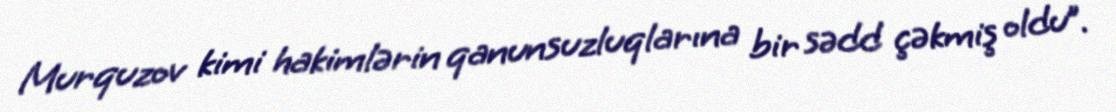
Murquzov kimi hakimlərin qanunsuzluqlarına bir sədd çəkmiş oldu”.